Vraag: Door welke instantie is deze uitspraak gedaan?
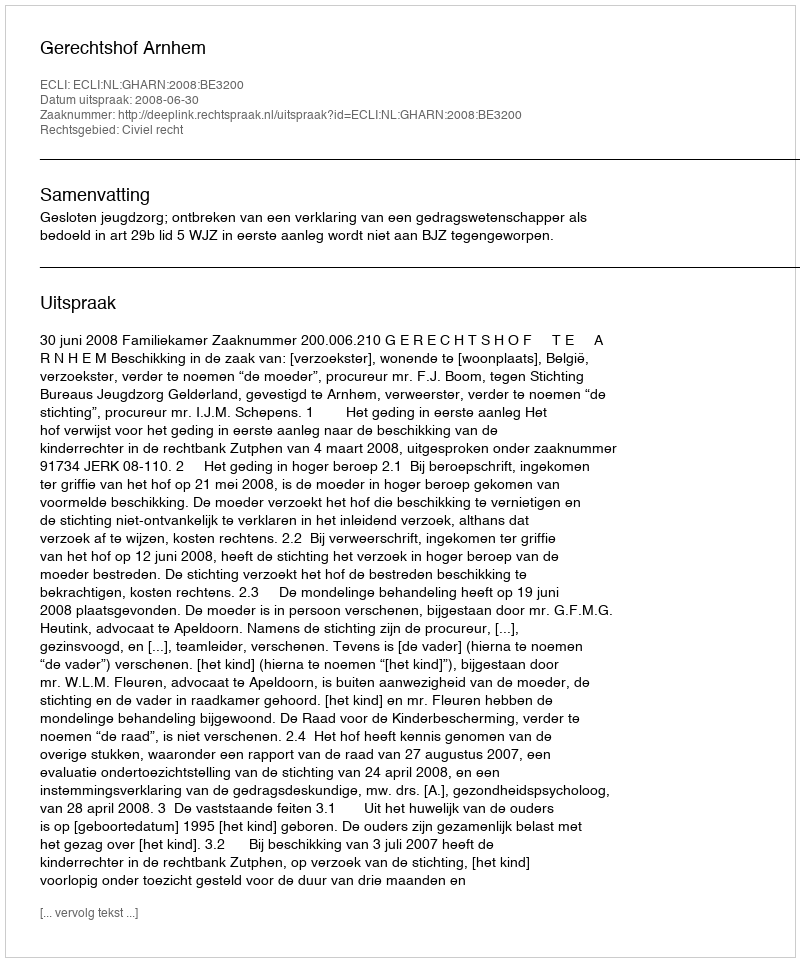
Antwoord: Gerechtshof Arnhem